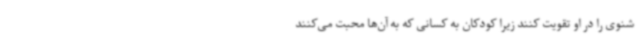
شنوی را در او تقویت کنند زیرا کودکان به کسانی که به آن‌ها محبت می‌کنند